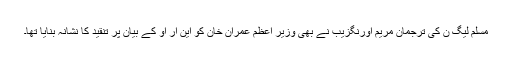
مسلم لیگ ن کی ترجمان مریم اورنگزیب نے بھی وزیر اعظم عمران خان کو این آر او کے بیان پر تنقید کا نشانہ بنایا تھا۔